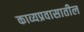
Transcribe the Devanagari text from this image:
काव्यप्रवासातील